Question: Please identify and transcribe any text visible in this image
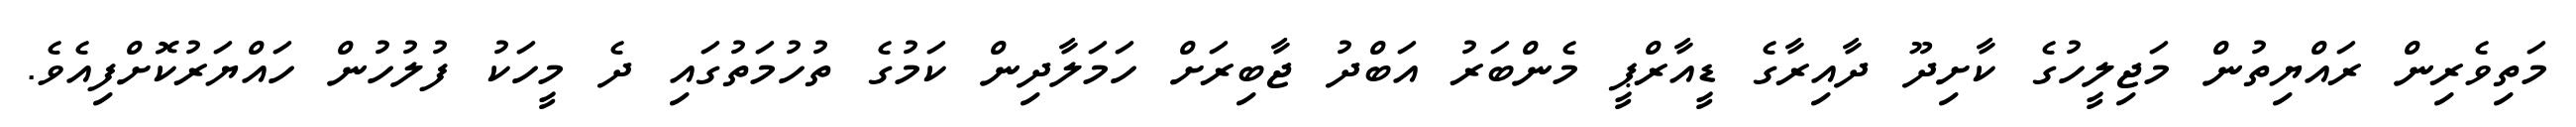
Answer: މަތިވެރިން ރައްޔިތުން މަޖިލީހުގެ ކާށިދޫ ދާއިރާގެ ޑީއާރްޕީ މެންބަރު އަބްދު ޖާބިރަށް ހަމަލާދިން ކަމުގެ ތުހުމަތުގައި ދެ މީހަކު ފުލުހުން ހައްޔަރުކޮށްފިއެވެ.